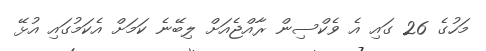
މަހުގެ 26 ގައި އެ ވެކްސިން ރާއްޖެއަށް ލިބޭނެ ކަމަށް އެކަމުގައި އުޅޭ